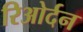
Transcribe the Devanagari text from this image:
रिओर्दन